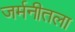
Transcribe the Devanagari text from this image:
जर्मनीतला